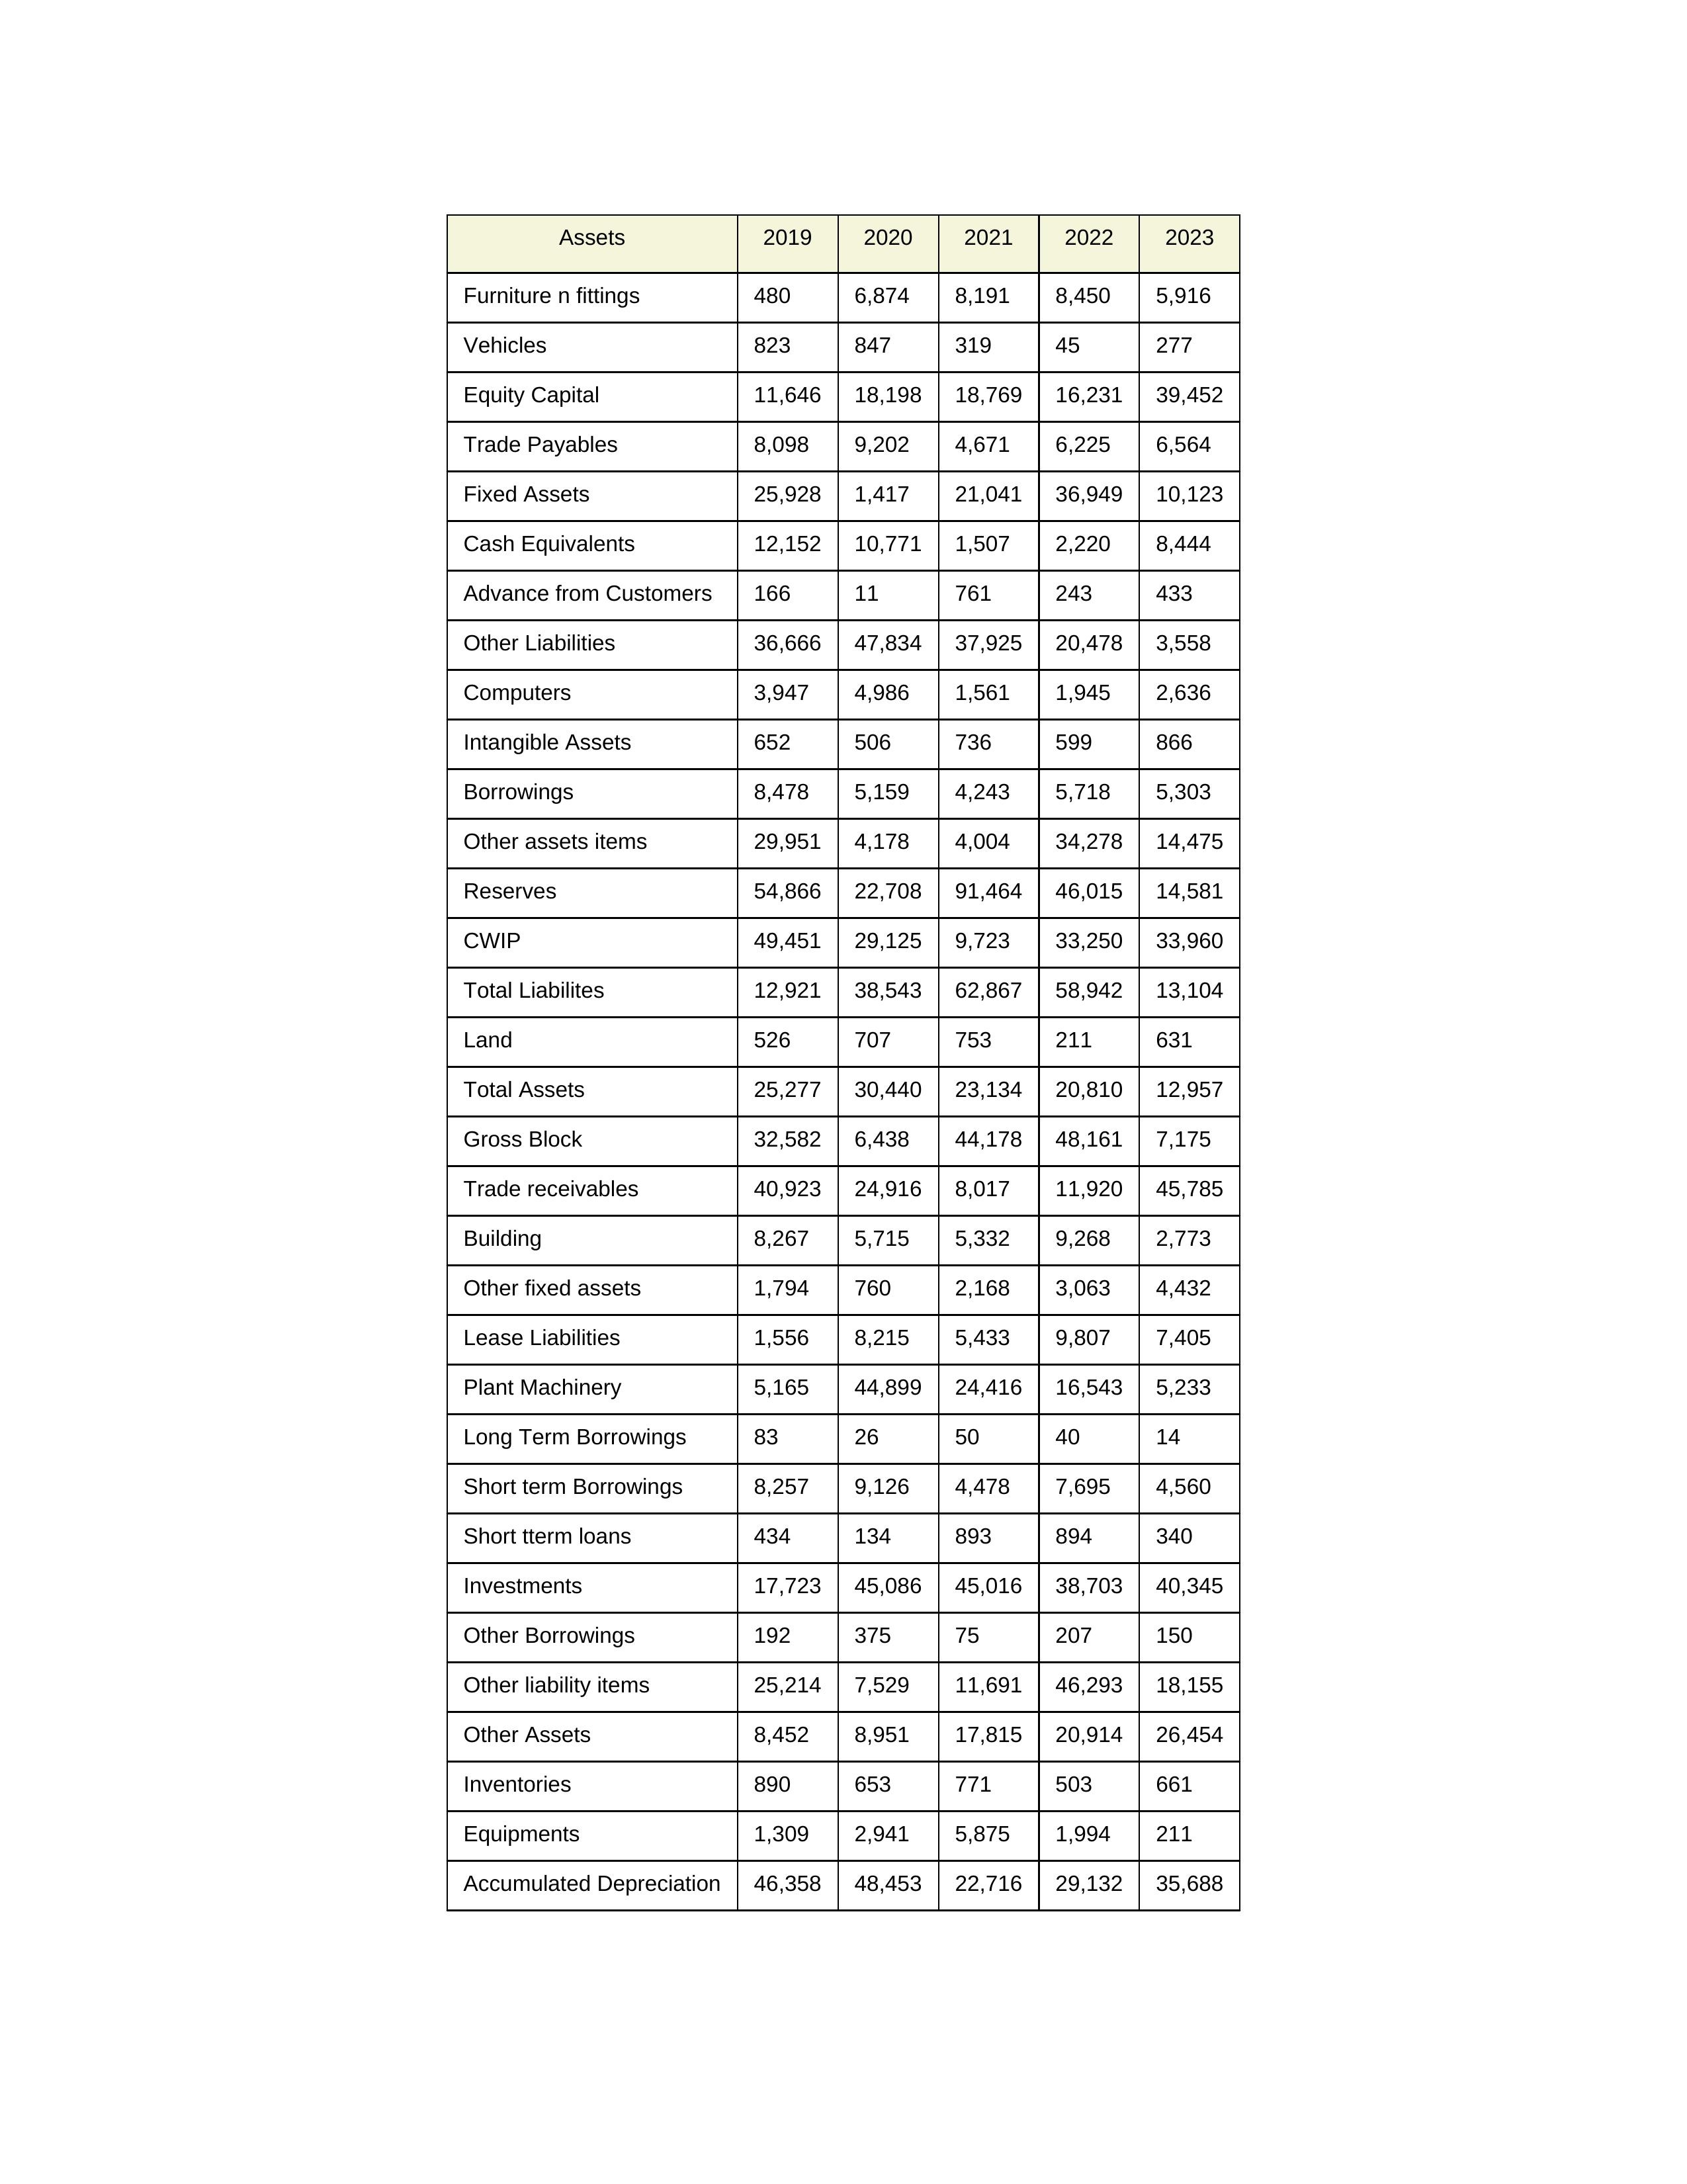
gt_parse: 2019: Equity Capital: 11,646
Reserves: 54,866
Borrowings: 8,478
Long Term Borrowings: 83
Short term Borrowings: 8,257
Lease Liabilities: 1,556
Other Borrowings: 192
Other Liabilities: 36,666
Trade Payables: 8,098
Advance from Customers: 166
Other liability items: 25,214
Total Liabilites: 12,921
Fixed Assets: 25,928
Land: 526
Building: 8,267
Plant Machinery: 5,165
Equipments: 1,309
Computers: 3,947
Furniture n fittings: 480
Vehicles: 823
Intangible Assets: 652
Other fixed assets: 1,794
Gross Block: 32,582
Accumulated Depreciation: 46,358
CWIP: 49,451
Investments: 17,723
Other Assets: 8,452
Inventories: 890
Trade receivables: 40,923
Cash Equivalents: 12,152
Short tterm loans: 434
Other assets items: 29,951
Total Assets: 25,277
2020: Equity Capital: 18,198
Reserves: 22,708
Borrowings: 5,159
Long Term Borrowings: 26
Short term Borrowings: 9,126
Lease Liabilities: 8,215
Other Borrowings: 375
Other Liabilities: 47,834
Trade Payables: 9,202
Advance from Customers: 11
Other liability items: 7,529
Total Liabilites: 38,543
Fixed Assets: 1,417
Land: 707
Building: 5,715
Plant Machinery: 44,899
Equipments: 2,941
Computers: 4,986
Furniture n fittings: 6,874
Vehicles: 847
Intangible Assets: 506
Other fixed assets: 760
Gross Block: 6,438
Accumulated Depreciation: 48,453
CWIP: 29,125
Investments: 45,086
Other Assets: 8,951
Inventories: 653
Trade receivables: 24,916
Cash Equivalents: 10,771
Short tterm loans: 134
Other assets items: 4,178
Total Assets: 30,440
2021: Equity Capital: 18,769
Reserves: 91,464
Borrowings: 4,243
Long Term Borrowings: 50
Short term Borrowings: 4,478
Lease Liabilities: 5,433
Other Borrowings: 75
Other Liabilities: 37,925
Trade Payables: 4,671
Advance from Customers: 761
Other liability items: 11,691
Total Liabilites: 62,867
Fixed Assets: 21,041
Land: 753
Building: 5,332
Plant Machinery: 24,416
Equipments: 5,875
Computers: 1,561
Furniture n fittings: 8,191
Vehicles: 319
Intangible Assets: 736
Other fixed assets: 2,168
Gross Block: 44,178
Accumulated Depreciation: 22,716
CWIP: 9,723
Investments: 45,016
Other Assets: 17,815
Inventories: 771
Trade receivables: 8,017
Cash Equivalents: 1,507
Short tterm loans: 893
Other assets items: 4,004
Total Assets: 23,134
2022: Equity Capital: 16,231
Reserves: 46,015
Borrowings: 5,718
Long Term Borrowings: 40
Short term Borrowings: 7,695
Lease Liabilities: 9,807
Other Borrowings: 207
Other Liabilities: 20,478
Trade Payables: 6,225
Advance from Customers: 243
Other liability items: 46,293
Total Liabilites: 58,942
Fixed Assets: 36,949
Land: 211
Building: 9,268
Plant Machinery: 16,543
Equipments: 1,994
Computers: 1,945
Furniture n fittings: 8,450
Vehicles: 45
Intangible Assets: 599
Other fixed assets: 3,063
Gross Block: 48,161
Accumulated Depreciation: 29,132
CWIP: 33,250
Investments: 38,703
Other Assets: 20,914
Inventories: 503
Trade receivables: 11,920
Cash Equivalents: 2,220
Short tterm loans: 894
Other assets items: 34,278
Total Assets: 20,810
2023: Equity Capital: 39,452
Reserves: 14,581
Borrowings: 5,303
Long Term Borrowings: 14
Short term Borrowings: 4,560
Lease Liabilities: 7,405
Other Borrowings: 150
Other Liabilities: 3,558
Trade Payables: 6,564
Advance from Customers: 433
Other liability items: 18,155
Total Liabilites: 13,104
Fixed Assets: 10,123
Land: 631
Building: 2,773
Plant Machinery: 5,233
Equipments: 211
Computers: 2,636
Furniture n fittings: 5,916
Vehicles: 277
Intangible Assets: 866
Other fixed assets: 4,432
Gross Block: 7,175
Accumulated Depreciation: 35,688
CWIP: 33,960
Investments: 40,345
Other Assets: 26,454
Inventories: 661
Trade receivables: 45,785
Cash Equivalents: 8,444
Short tterm loans: 340
Other assets items: 14,475
Total Assets: 12,957